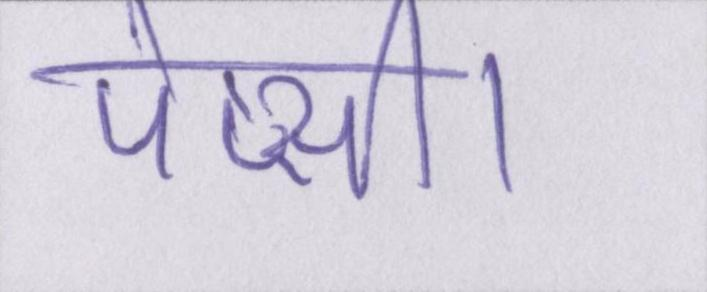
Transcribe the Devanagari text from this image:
पेप्सी।